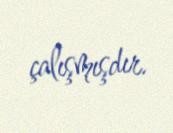
çalışmışdır.